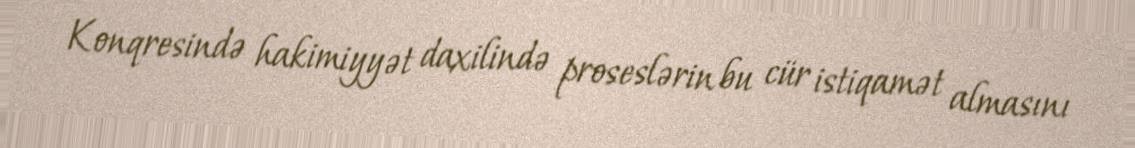
Konqresində hakimiyyət daxilində proseslərin bu cür istiqamət almasını